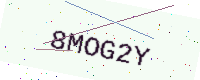
Text: 8MOG2Y